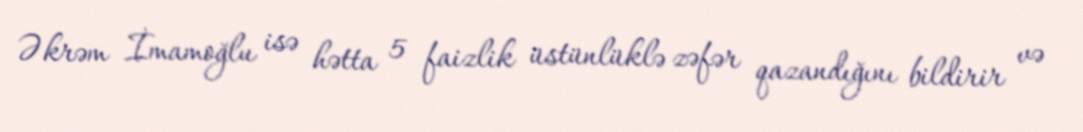
Əkrəm İmamoğlu isə hətta 5 faizlik üstünlüklə zəfər qazandığını bildirir və